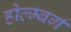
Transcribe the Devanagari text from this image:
होल्म्बर्ग